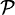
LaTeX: \scriptstyle{\mathcal{P}}